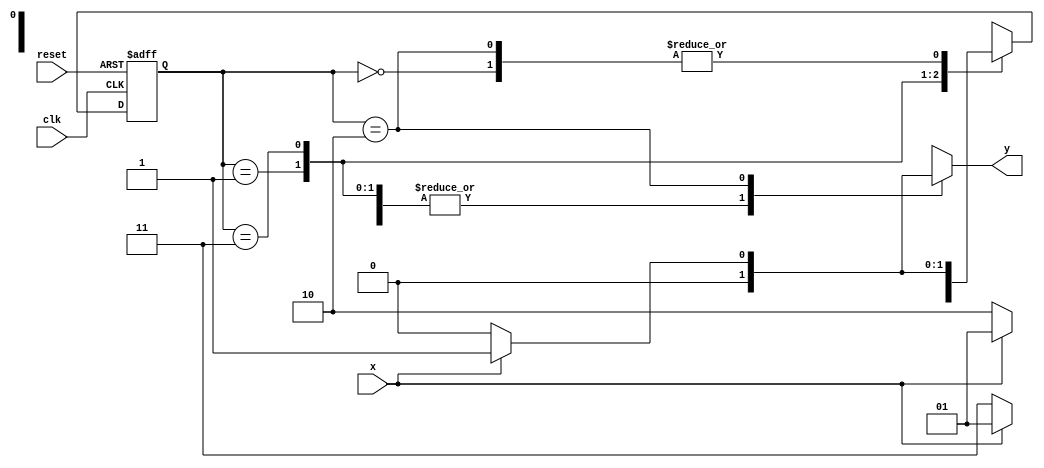
// -------------- 
// --- Mealy FSM 
// -------------- 

/* 

Mealy FSM Diagram 

__________________ 
/ \ 
1 v 1 0 1 | // found 
[start] ---> [id1] ---> [id11] ---> [id110] 
^ \0 0 | 1 / ^ 0 | // not found 
\_/ / \__/ | 
\_______/ / 
\ / 
\______________________/ 
*/ 


// constant definitions 
`define found 1 
`define notfound 0 

// FSM by Mealy 
module mealy1001 ( y, x, clk, reset ); 
output y; 
input x; 
input clk; 
input reset; 
reg y; 

parameter // state identifiers 
start = 2'b00, 
id1 = 2'b01, 
id11 = 2'b11, 
id110 = 2'b10; 

reg [1:0] E1; // current state variables 
reg [1:0] E2; // next state logic output 

// next state logic 
always @( x or E1 ) 
begin 

y = `notfound; 
case ( E1 ) 
start: 
if ( x ) 
E2 = id1; 
else 
E2 = start; 
id1: 
if ( x ) 
E2 = id1; 
else 
E2 = id11; 
id11: 
if ( x ) 
E2 = id1; 
else 
E2 = id110; 
id110: 
if ( x ) 
begin 
E2 = id1; 
y = `found; 

end 
else 
begin 

E2 = start; 
y = `notfound; 

end 
default: // undefined state 
E2 = 2'bxx; 
endcase 

end // always at signal or state changing 

// state variables 
always @( posedge clk or negedge reset ) 
begin 

if ( reset ) 
E1 = E2; // updates current state 
else 
E1 = 0; // reset 
end // always at signal changing 

endmodule // mealy1001